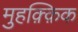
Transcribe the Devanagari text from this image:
मुहक़्क़िक